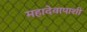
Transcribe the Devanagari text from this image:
महादेवापाशी